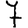
Digit: 7